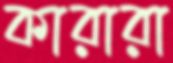
কারারা